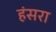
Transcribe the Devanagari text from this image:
हंसरा